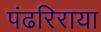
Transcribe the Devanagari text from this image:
पंढरिराया